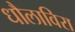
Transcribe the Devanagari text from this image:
धौलाविरा